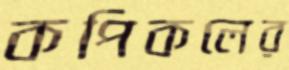
কপিকলের